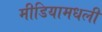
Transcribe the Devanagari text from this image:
मीडियामधली